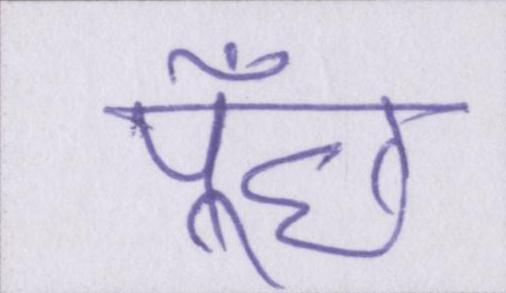
पूँछ